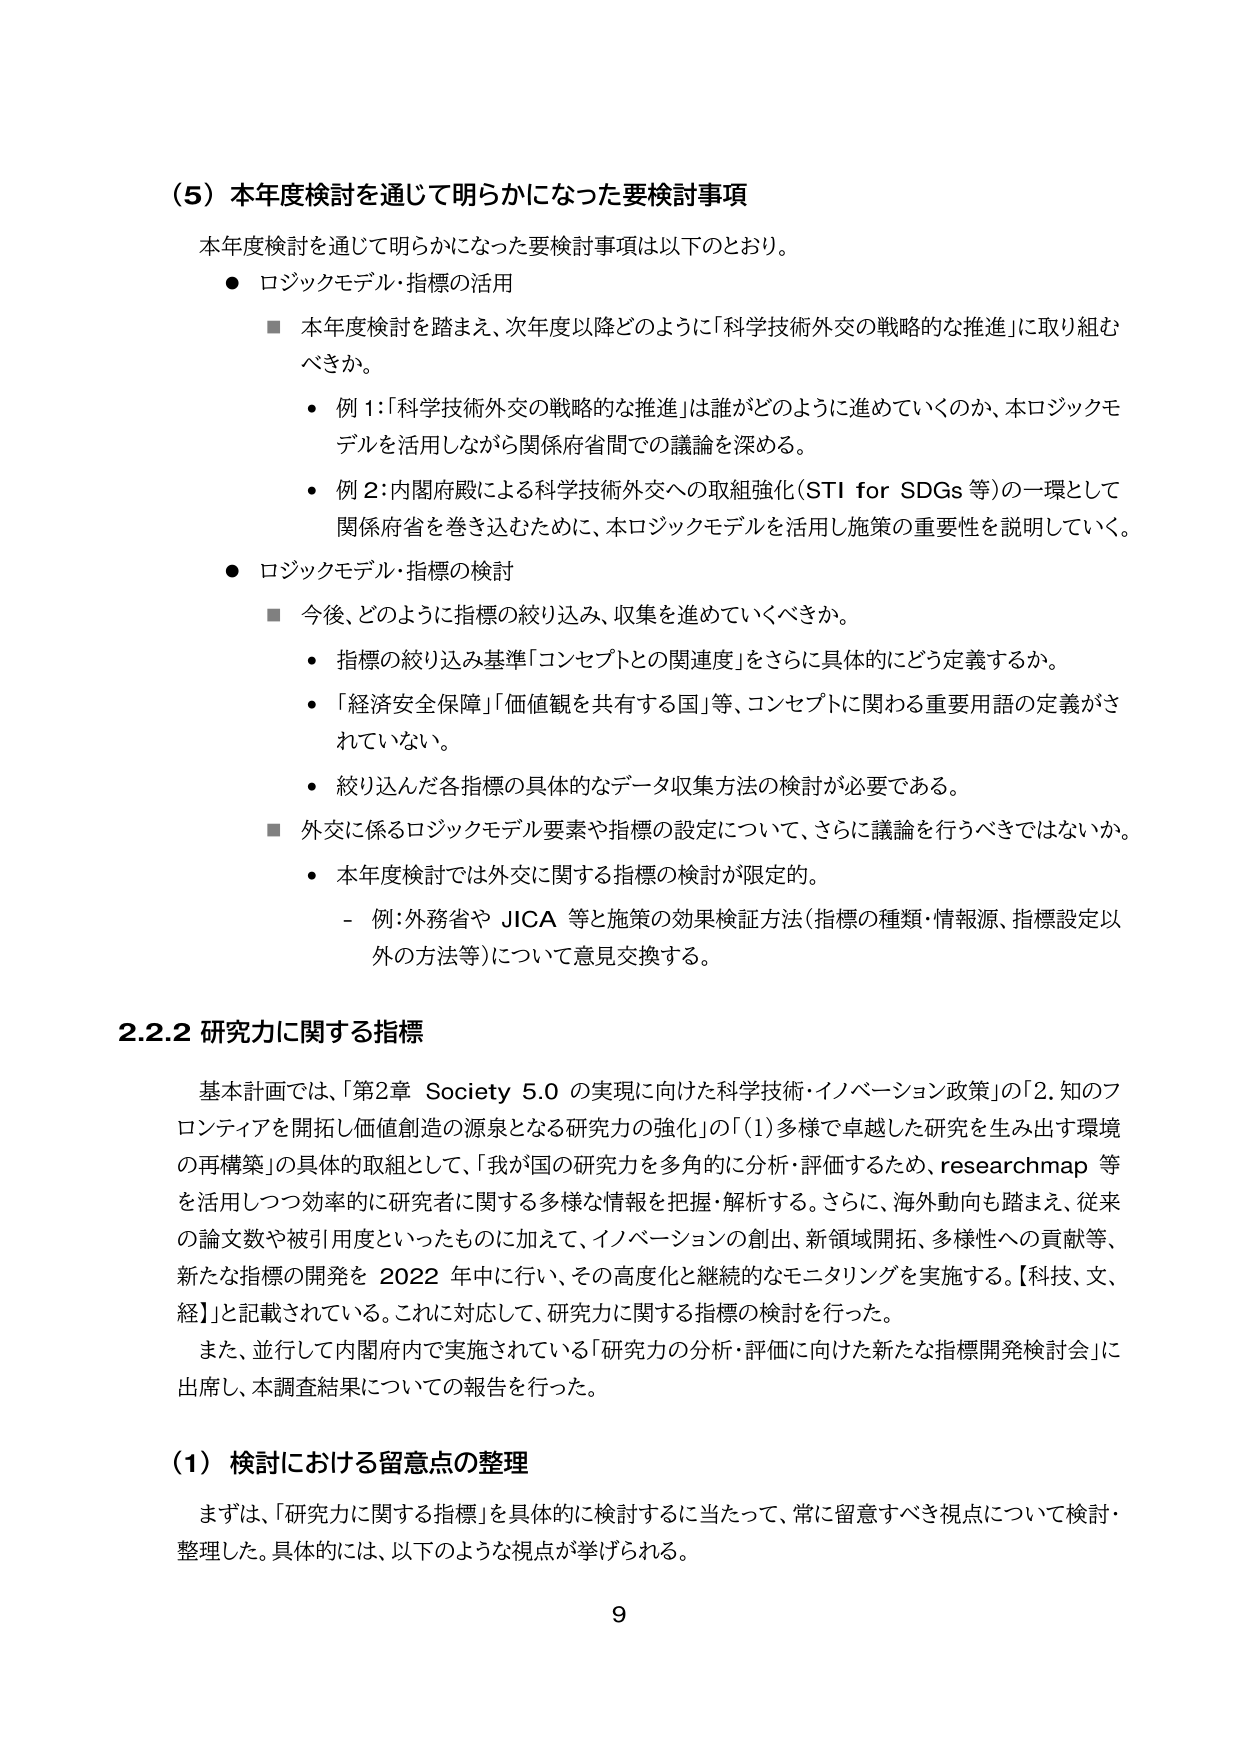
（5）本年度検討を通じて明らかになった要検討事項
本年度検討を通じて明らかになった要検討事項は以下のとおり。
● ロジックモデル・指標の活用
　■ 本年度検討を踏まえ、次年度以降どのように「科学技術外交の戦略的な推進」に取り組むべきか。
　　・ 例1：「科学技術外交の戦略的な推進」は誰がどのように進めていくのか、本ロジックモデルを活用しながら関係府省間での議論を深める。
　　・ 例2：内閣府殿による科学技術外交への取組強化（STI for SDGs 等）の一環として関係府省を巻き込むために、本ロジックモデルを活用し施策の重要性を説明していく。
● ロジックモデル・指標の検討
　■ 今後、どのように指標の絞り込み、収集を進めていくべきか。
　　・ 指標の絞り込み基準「コンセプトとの関連度」をさらに具体的にどう定義するか。
　　・ 「経済安全保障」「価値観を共有する国」等、コンセプトに関わる重要用語の定義がされていない。
　　・ 絞り込んだ各指標の具体的なデータ収集方法の検討が必要である。
　■ 外交に係るロジックモデル要素や指標の設定について、さらに議論を行うべきではないか。
　　・ 本年度検討では外交に関する指標の検討が限定的。
　　　- 例：外務省や JICA 等と施策の効果検証方法（指標の種類・情報源、指標設定以外の方法等）について意見交換する。

2.2.2 研究力に関する指標
基本計画では、「第2章 Society 5.0 の実現に向けた科学技術・イノベーション政策」の「2. 知のフロンティアを開拓し価値創造の源泉となる研究力の強化」の「（1）多様で卓越した研究を生み出す環境の再構築」の具体的取組として、「我が国の研究力を多角的に分析・評価するため、researchmap 等を活用しつつ効率的に研究者に関する多様な情報を把握・解析する。さらに、海外動向も踏まえ、従来の論文数や被引用度といったものに加えて、イノベーションの創出、新領域開拓、多様性への貢献等、新たな指標の開発を 2022 年中に行い、その高度化と継続的なモニタリングを実施する。【科技、文、経】」と記載されている。これに対応して、研究力に関する指標の検討を行った。
また、並行して内閣府内で実施されている「研究力の分析・評価に向けた新たな指標開発検討会」に出席し、本調査結果についての報告を行った。

（1）検討における留意点の整理
まずは、「研究力に関する指標」を具体的に検討するに当たって、常に留意すべき視点について検討・整理した。具体的には、以下のような視点が挙げられる。

9